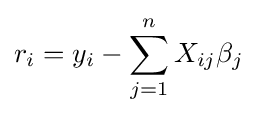
r_{i}=y_{i}-\sum _{j=1}^{n}X_{ij}\beta _{j}